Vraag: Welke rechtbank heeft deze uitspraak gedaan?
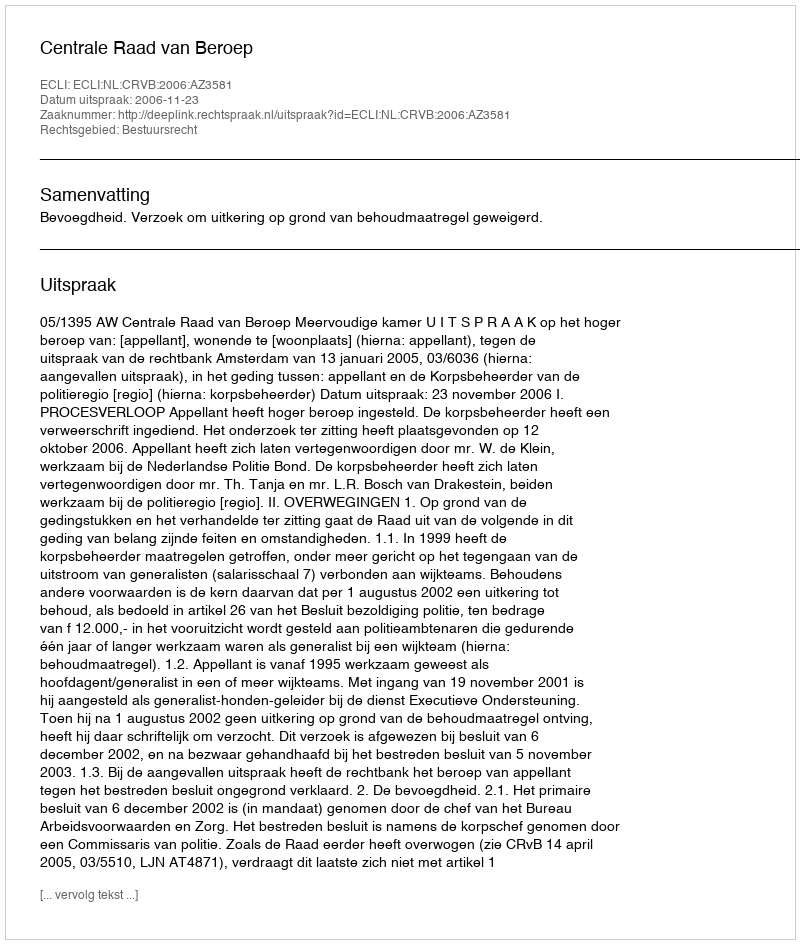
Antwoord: Centrale Raad van Beroep